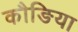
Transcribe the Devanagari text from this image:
कौङिया